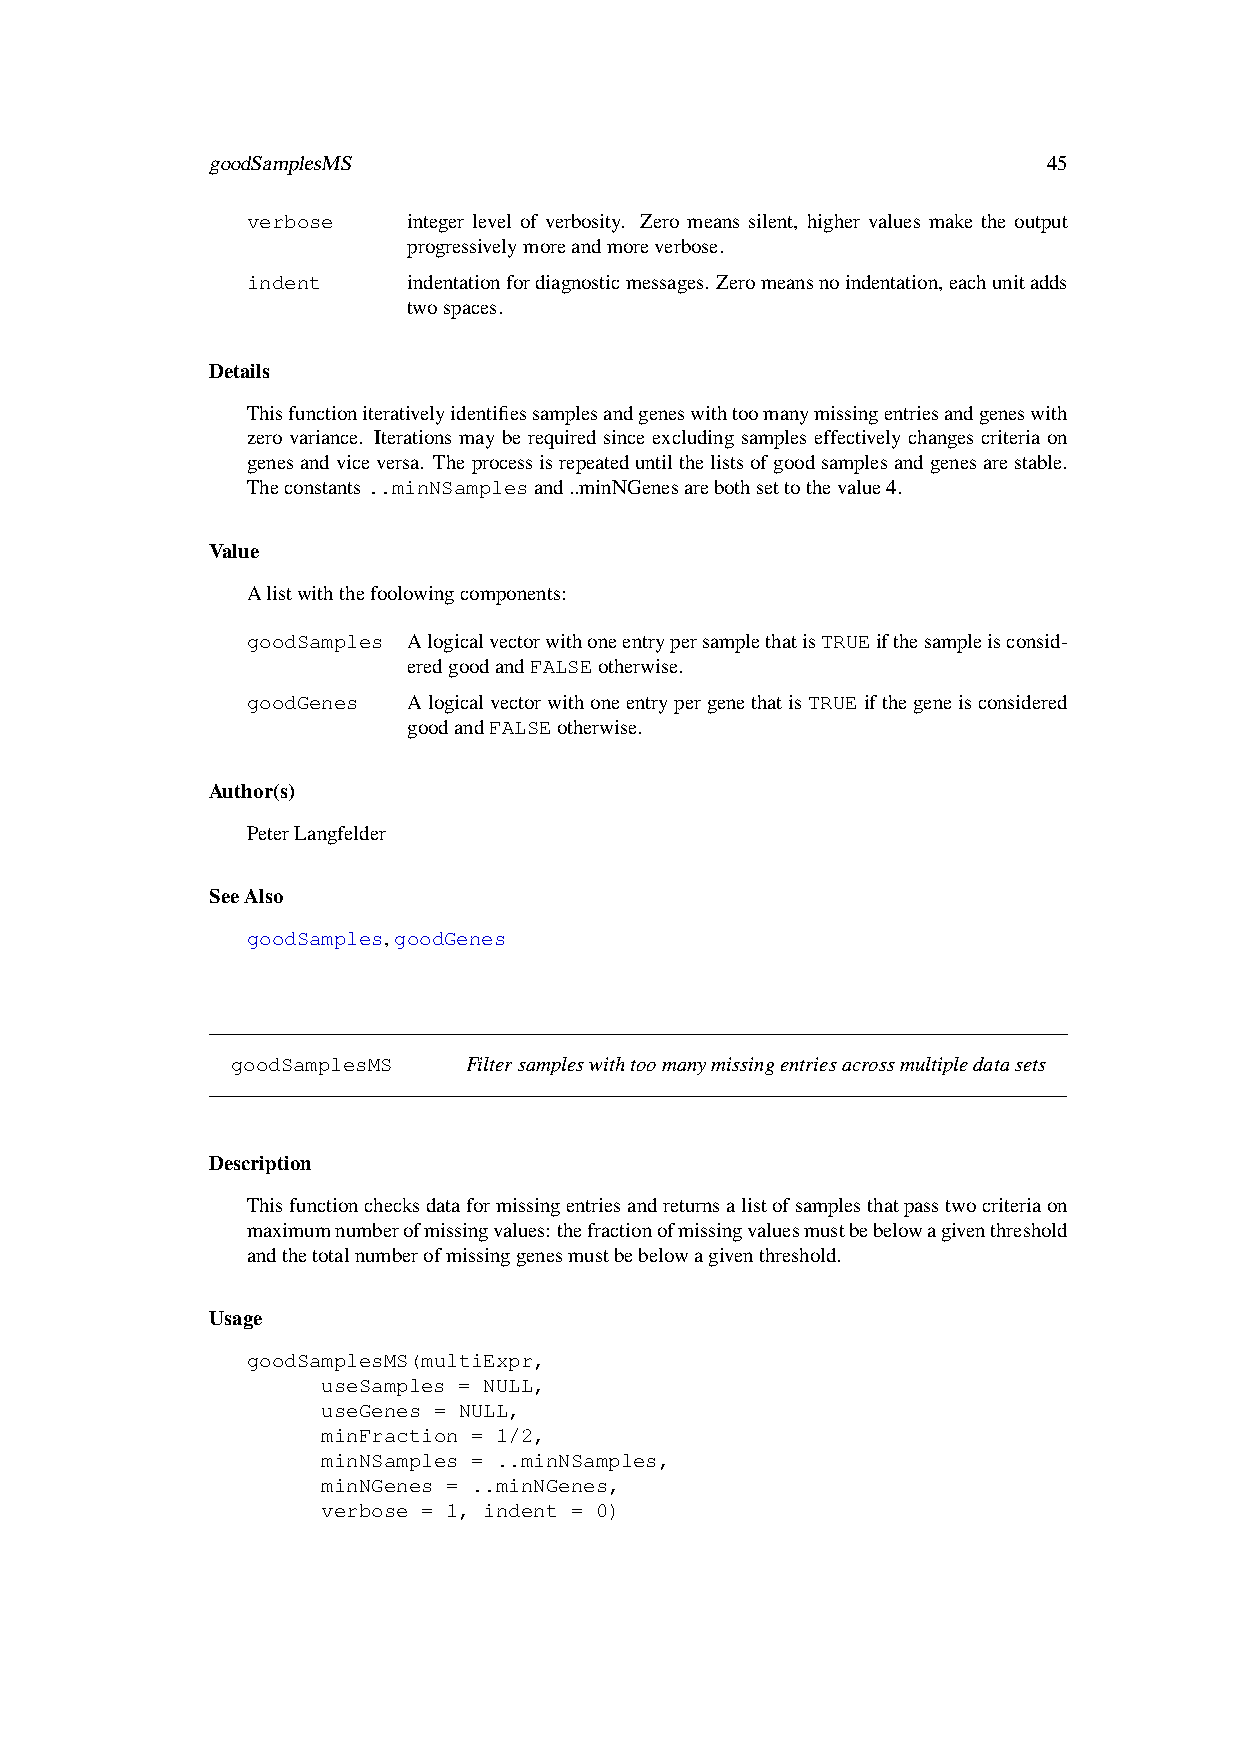
goodSamplesMS                                          45
 verbose    integer level of verbosity. Zero means silent, higher values make the output
 progressivelymoreandmoreverbose.
 indent     indentationfordiagnosticmessages. Zeromeansnoindentation,eachunitadds
 twospaces.
 Details
 Thisfunctioniterativelyidentifiessamplesandgeneswithtoomanymissingentriesandgeneswith
 zero variance. Iterations may be required since excluding samples effectively changes criteria on
 genesandviceversa. Theprocessisrepeateduntilthelistsofgoodsamplesandgenesarestable.
 Theconstants..minNSamplesand..minNGenesarebothsettothevalue4.
 Value
 Alistwiththefoolowingcomponents:
 goodSamples AlogicalvectorwithoneentrypersamplethatisTRUEifthesampleisconsid-
 eredgoodandFALSEotherwise.
 goodGenes  AlogicalvectorwithoneentrypergenethatisTRUEifthegeneisconsidered
 goodandFALSEotherwise.
 Author(s)
 PeterLangfelder
 SeeAlso
 goodSamples,goodGenes
 goodSamplesMS   Filtersampleswithtoomanymissingentriesacrossmultipledatasets
 Description
 Thisfunctionchecksdataformissingentriesandreturnsalistofsamplesthatpasstwocriteriaon
 maximumnumberofmissingvalues:thefractionofmissingvaluesmustbebelowagiventhreshold
 andthetotalnumberofmissinggenesmustbebelowagiventhreshold.
 Usage
 goodSamplesMS(multiExpr,
 useSamples = NULL,
 useGenes = NULL,
 minFraction = 1/2,
 minNSamples = ..minNSamples,
 minNGenes = ..minNGenes,
 verbose = 1, indent = 0)